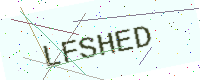
Text: LFSHED